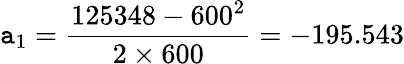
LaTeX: \mathtt{a}_{1}={\frac{{125348-600^{2}}}{{2\times600}}}=-195.543